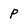
Character: p